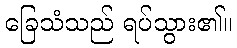
ခြေသံသည် ရပ်သွား၏။